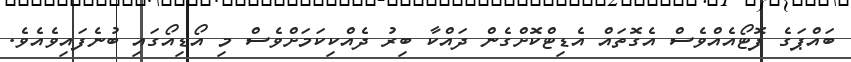
ބައްޕަގެ ފޮޓޯއެއްވެސް އެގޮތައް އެޑިޓްކޮށްގެން ދައްކާ ބިރު ދެއްކިކަމަށްވެސް މި އޯޑިއޯގައި ބުނެފައިވެއެވެ.